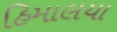
હિમાલયા